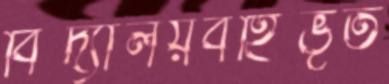
বিদ্যালয়বহির্ভূত